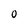
Character: 0